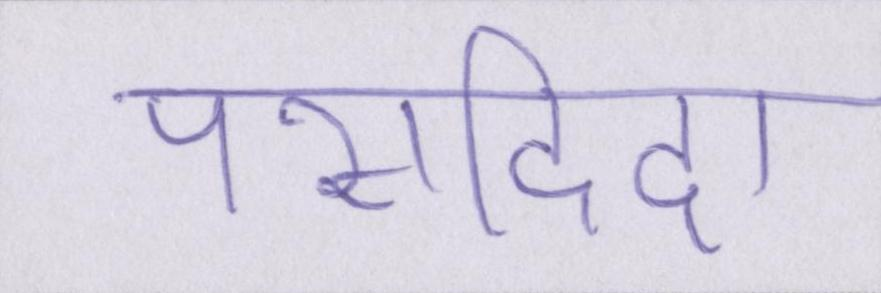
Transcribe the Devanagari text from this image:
पसदिदा